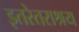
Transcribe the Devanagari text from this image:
इतरेतराश्रय